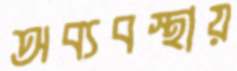
অব্যবস্থায়